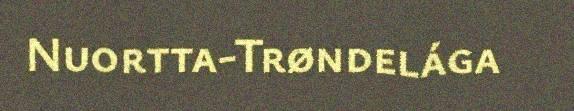
Nuortta-Trøndelága